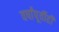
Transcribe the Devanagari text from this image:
वर्षांपूर्वीही